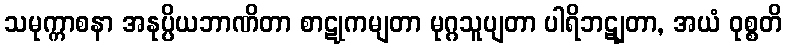
သမုက္ကာစနာ အနုပ္ပိယဘာဏိတာ စာဋုကမျတာ မုဂ္ဂသူပျတာ ပါရိဘဋျတာ, အယံ ဝုစ္စတိ